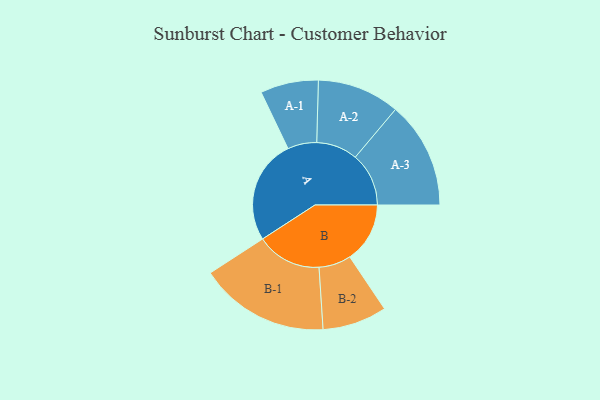
{"axis": {"x": "Segment", "y": "Value"}, "legend": ["", "A", "B"], "data": [{"x": "A", "y": 359, "type": ""}, {"x": "B", "y": 207, "type": ""}, {"x": "A-1", "y": 100, "type": "A"}, {"x": "A-2", "y": 142, "type": "A"}, {"x": "A-3", "y": 184, "type": "A"}, {"x": "B-1", "y": 224, "type": "B"}, {"x": "B-2", "y": 111, "type": "B"}]}